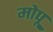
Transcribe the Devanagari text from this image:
मोपू